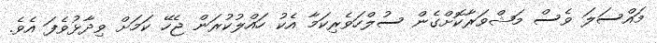
މައްސަލަ ވެސް މަޝްވަރާކޮށްގެން ސުލްހަވެރިކަމާ އެކު ހައްލުކުރަން ޖެހޭ ކަމަށް ވިދާޅުވެފަ އެވެ.